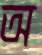
অ